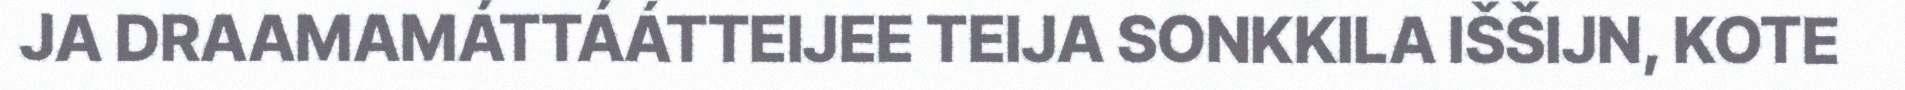
JA DRAAMAMÁTTÁÁTTEIJEE TEIJA SONKKILA IŠŠIJN, KOTE